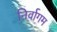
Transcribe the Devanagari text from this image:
निर्वागम